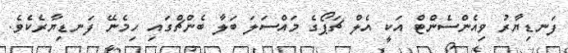
ފަނޑިޔާރު ވިއެންސެންޓް އަކީ އެލް ޗަޕޯގެ މައްސަލަ ބަލާ ބެންޗްގައި ހިމެނޭ ފަނޑިޔާރެކެވެ.